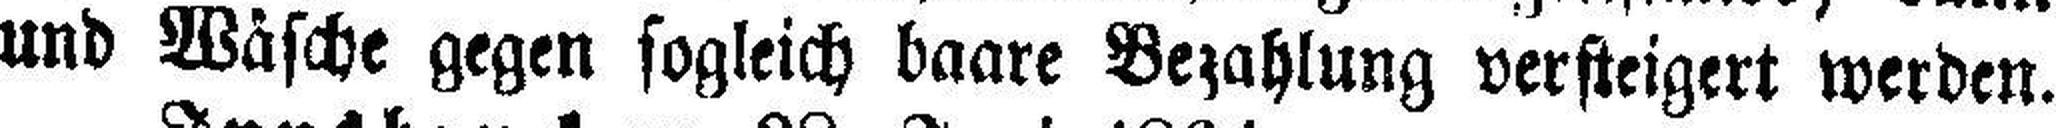
und Wäsche gegen sogleich baare Bezahlung versteigert werden.